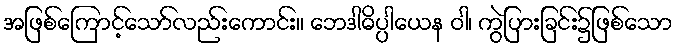
အဖြစ်ကြောင့်သော်လည်းကောင်း။ ဘေဒါဓိပ္ပါယေန ဝါ၊ ကွဲပြားခြင်း၌ဖြစ်သော